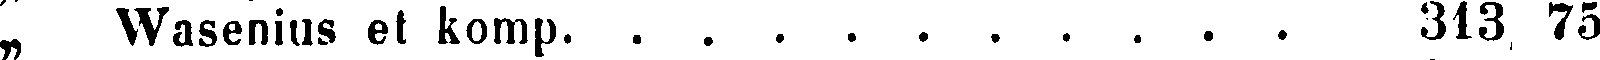
„ Wasenius et komp 313 75